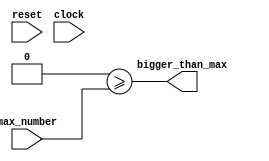
module contador(reset, max_number, clock, bigger_than_max);
input reset;
input [2:0] max_number;
input clock;
output reg bigger_than_max;
reg [2:0] count;
initial begin
    count = 0;
    `ifdef DEBUG
        $display("contador.v:10: start count with 0");
    `endif
end
//sempre que count trocar de valor
always @ (count) begin
    bigger_than_max <= (count >= max_number);
    `ifdef DEBUG
        $display("contador.v:17: count changed, bigger_than_max: %b", bigger_than_max);
    `endif
end
always @ (max_number) begin//when max_number changes, reset the counter
    count <= 0;
    `ifdef DEBUG
        $display("contador.v:23: max_number changed, count %d", count);
    `endif
end
always @ (posedge clock) begin
    if (reset) begin
        count <= 0;
        `ifdef DEBUG
            $display("contador.v:30: reset set");
        `endif
    end else begin
        count <= count + 1;
        `ifdef DEBUG
            $display("contador.v:30: update count: %d", count);
        `endif
    end
end
endmodule